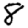
Digit: 8